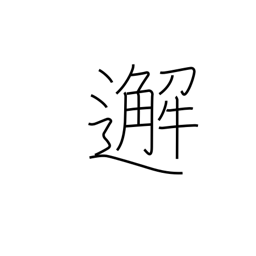
Meaning: meet unexpectedly